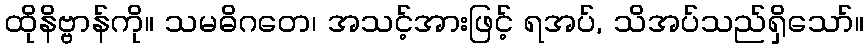
ထိုနိဗ္ဗာန်ကို။ သမဓိဂတေ၊ အသင့်အားဖြင့် ရအပ်, သိအပ်သည်ရှိသော်။